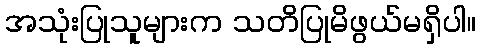
အသုံးပြုသူများက သတိပြုမိဖွယ်မရှိပါ။